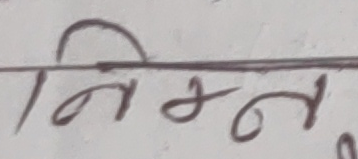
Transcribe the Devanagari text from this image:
निम्न